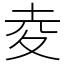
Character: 夌